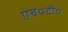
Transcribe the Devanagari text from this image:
एच०टी०